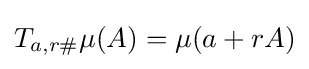
T_{a,r\#}\mu (A)=\mu (a+rA)